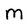
Character: m